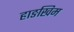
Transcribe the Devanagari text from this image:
हाङखिम